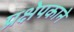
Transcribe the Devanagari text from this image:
प्रक्षेपकाने